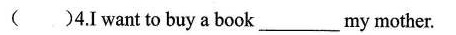
( )4.I want to buy a book__ _my mother.